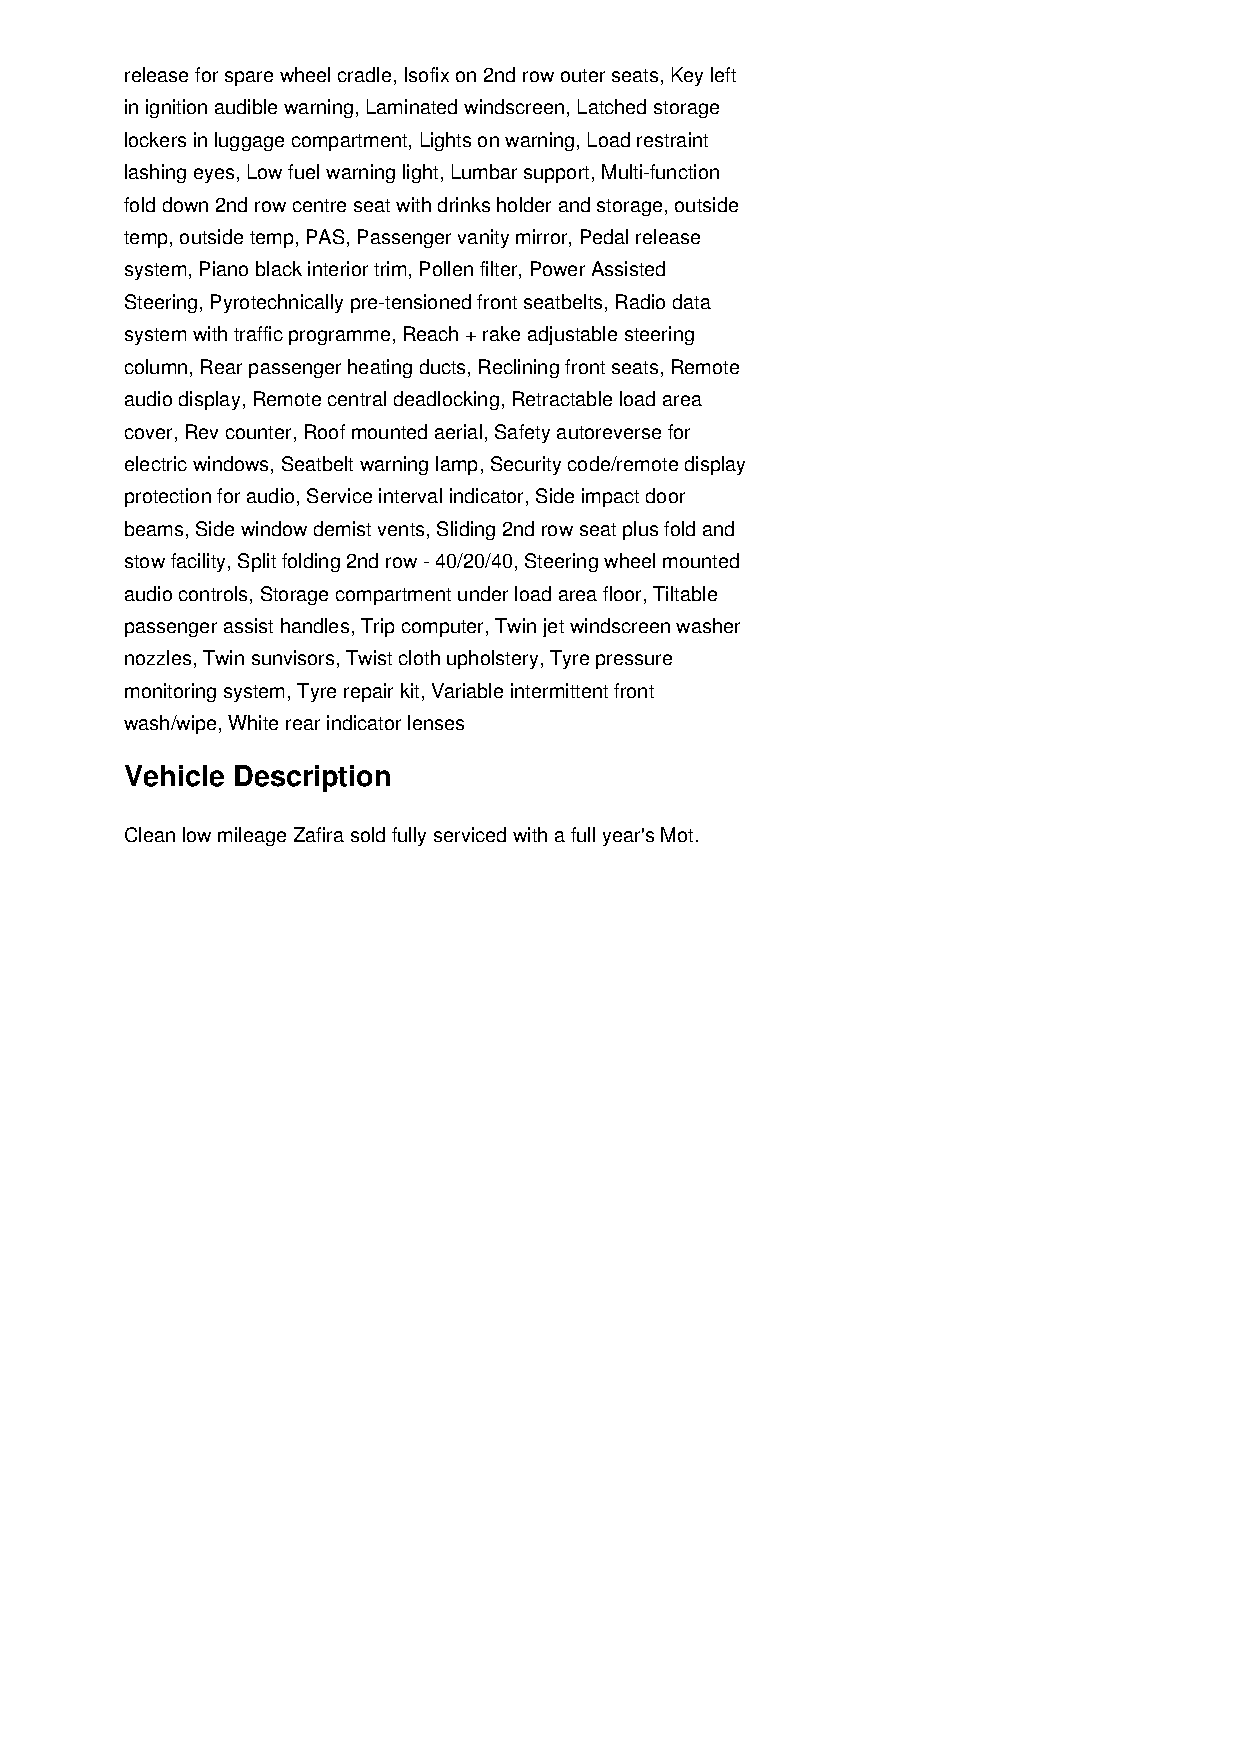
release for spare wheel cradle, Isofix on 2nd row outer seats, Key left
 in ignition audible warning, Laminated windscreen, Latched storage
 lockers in luggage compartment, Lights on warning, Load restraint
 lashing eyes, Low fuel warning light, Lumbar support, Multi-function
 fold down 2nd row centre seat with drinks holder and storage, outside
 temp, outside temp, PAS, Passenger vanity mirror, Pedal release
 system, Piano black interior trim, Pollen filter, Power Assisted
 Steering, Pyrotechnically pre-tensioned front seatbelts, Radio data
 system with traffic programme, Reach + rake adjustable steering
 column, Rear passenger heating ducts, Reclining front seats, Remote
 audio display, Remote central deadlocking, Retractable load area
 cover, Rev counter, Roof mounted aerial, Safety autoreverse for
 electric windows, Seatbelt warning lamp, Security code/remote display
 protection for audio, Service interval indicator, Side impact door
 beams, Side window demist vents, Sliding 2nd row seat plus fold and
 stow facility, Split folding 2nd row - 40/20/40, Steering wheel mounted
 audio controls, Storage compartment under load area floor, Tiltable
 passenger assist handles, Trip computer, Twin jet windscreen washer
 nozzles, Twin sunvisors, Twist cloth upholstery, Tyre pressure
 monitoring system, Tyre repair kit, Variable intermittent front
 wash/wipe, White rear indicator lenses
 Vehicle Description
 Clean low mileage Zafira sold fully serviced with a full year's Mot.